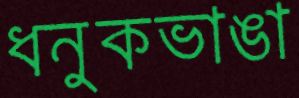
ধনুকভাঙা